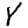
Digit: 8